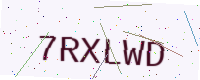
Text: 7RXLWD